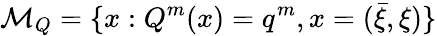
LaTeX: {\cal M}_{Q}=\{ x:Q^{m}(x)=q^{m},x=(\bar{\xi},\xi)\}